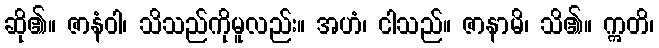
ဆို၏။ ဇာနံဝါ၊ သိသည်ကိုမူလည်း။ အဟံ၊ ငါသည်။ ဇာနာမိ၊ သိ၏။ ဣတိ၊